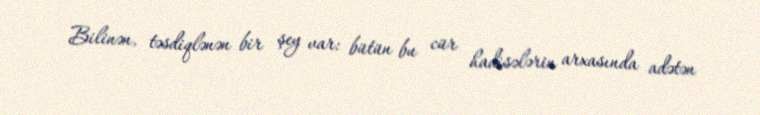
Bilinən, təsdiqlənən bir şey var: bütün bu cür hadisələrin arxasında adətən